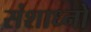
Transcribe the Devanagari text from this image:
संशाध्नो